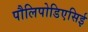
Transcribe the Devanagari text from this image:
पौलिपोडिएसिई